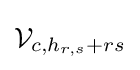
{\mathcal {V}}_{c,h_{r,s}+rs}